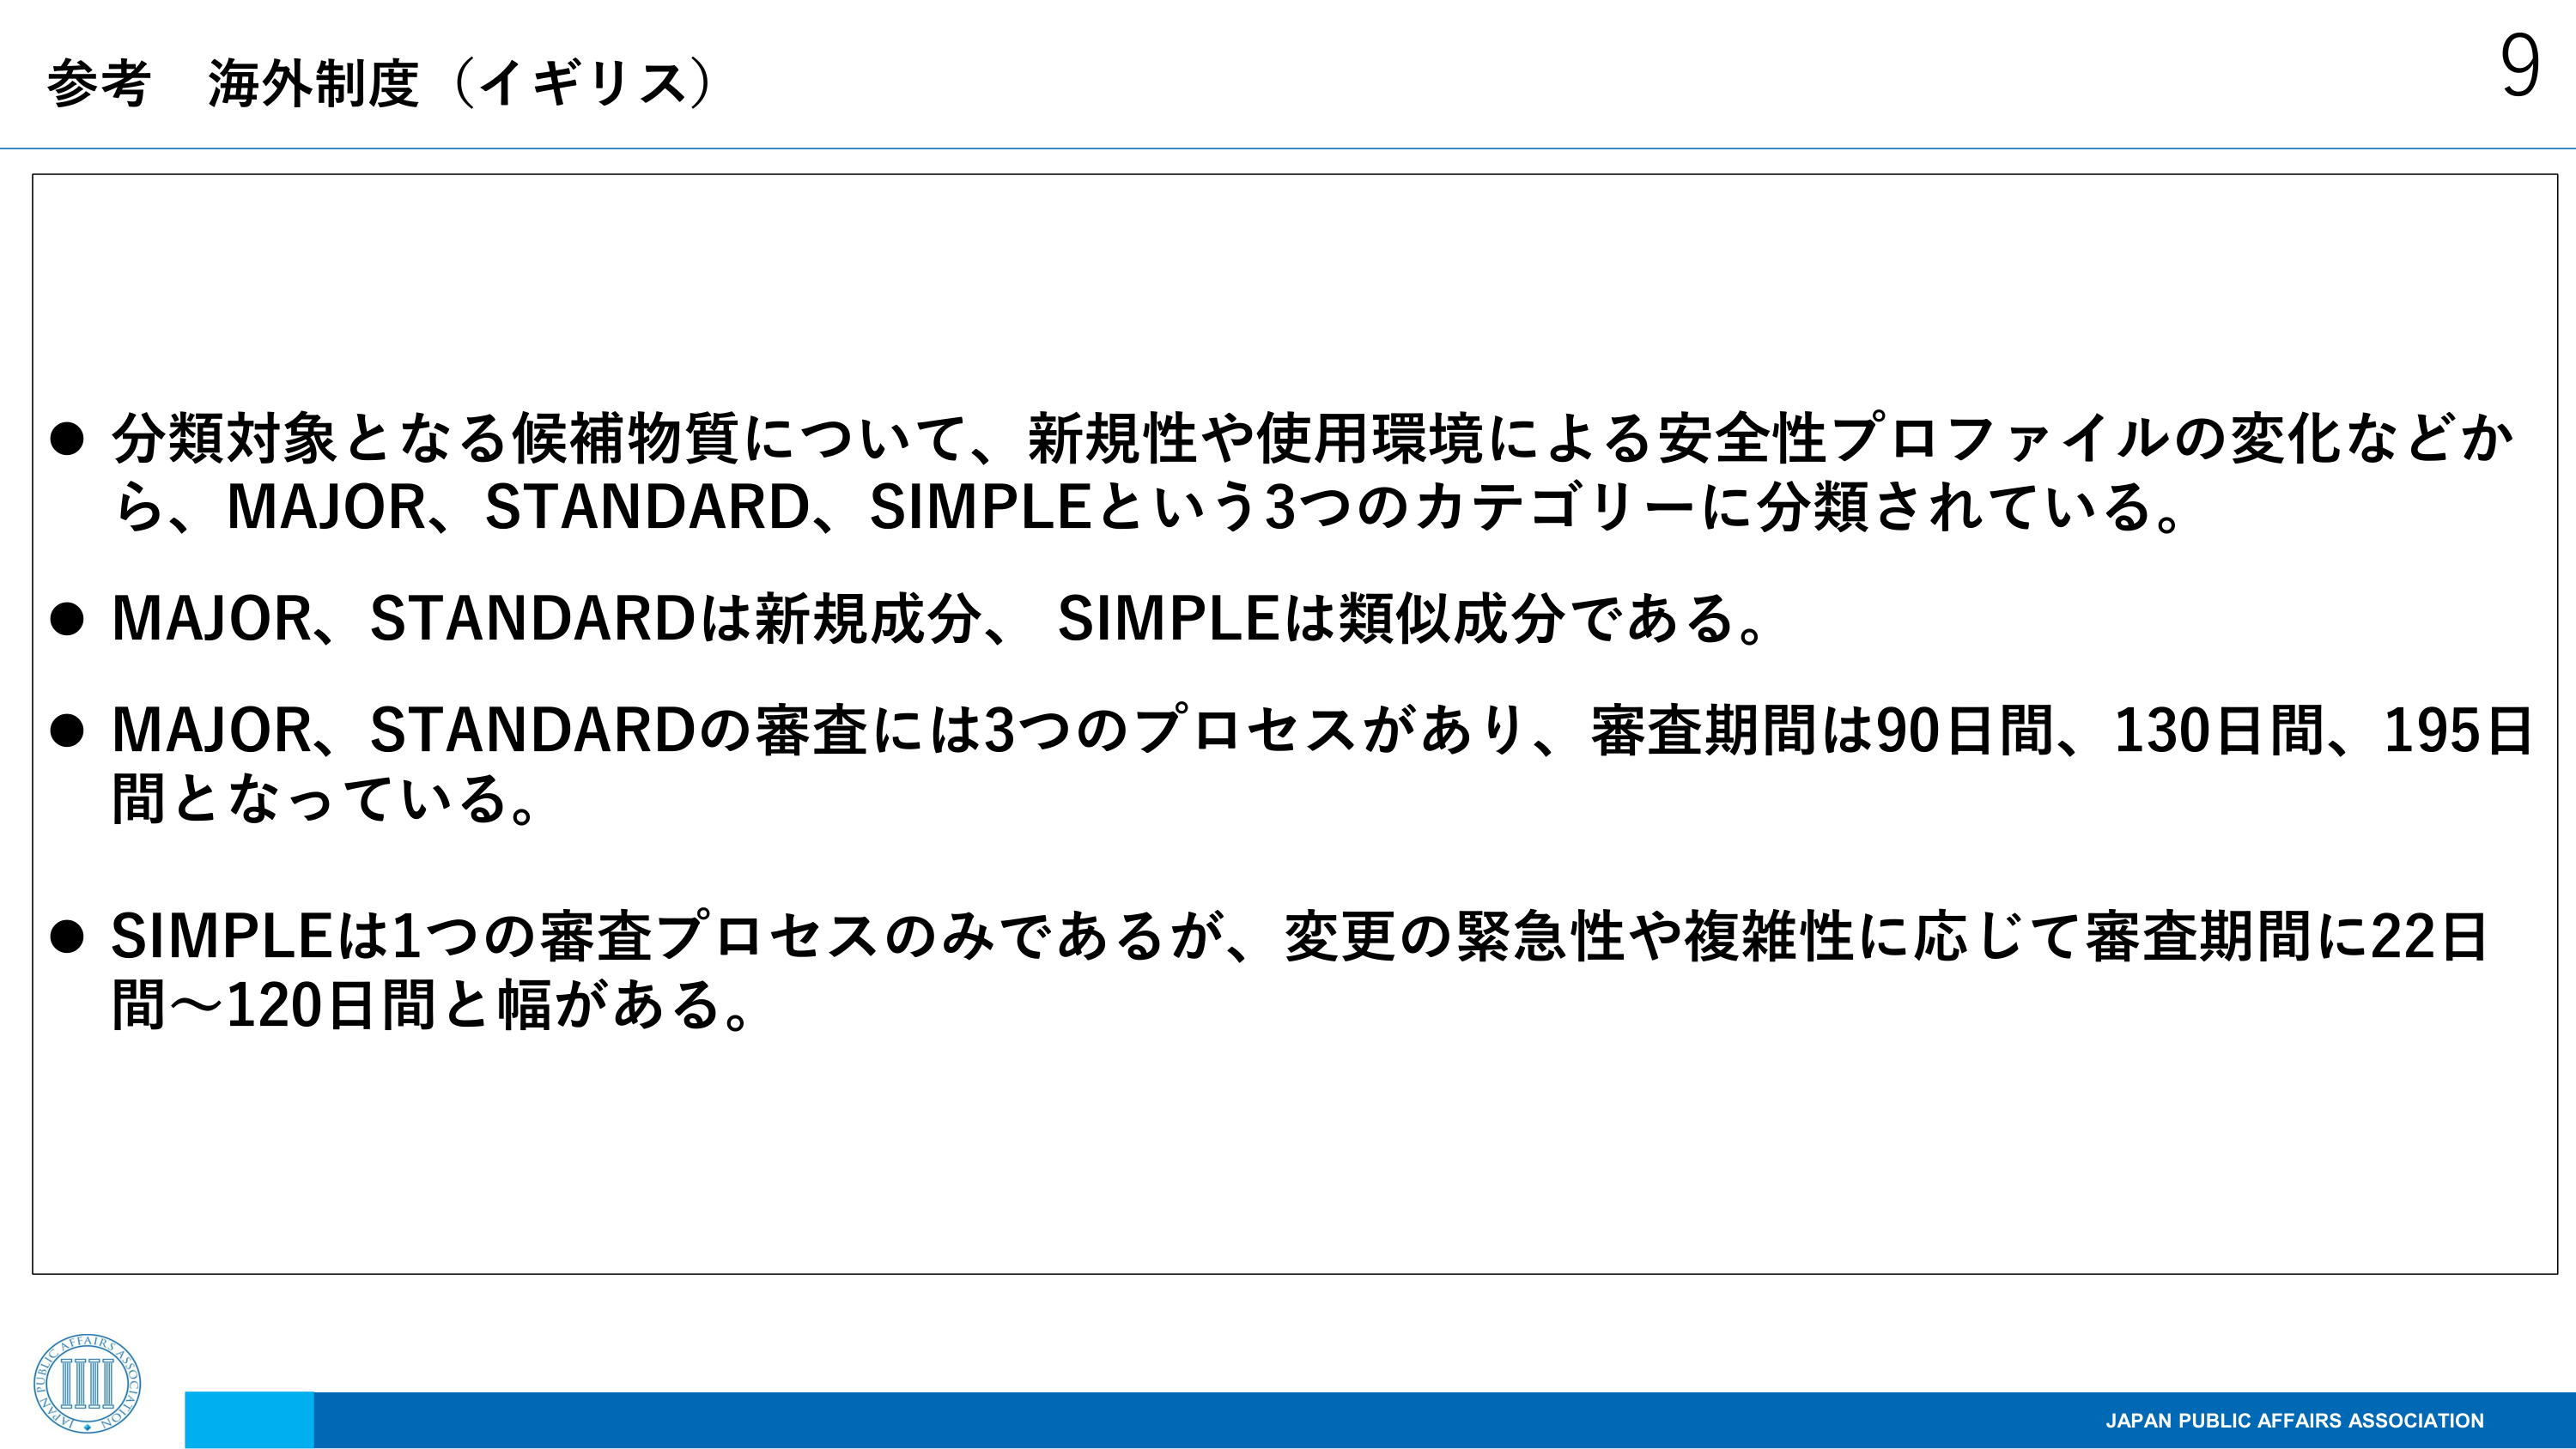
参考 海外制度（イギリス）

● 分類対象となる候補物質について、新規性や使用環境による安全性プロファイルの変化などから、MAJOR、STANDARD、SIMPLEという3つのカテゴリーに分類されている。

● MAJOR、STANDARDは新規成分、SIMPLEは類似成分である。

● MAJOR、STANDARDの審査には3つのプロセスがあり、審査期間は90日間、130日間、195日間となっている。

● SIMPLEは1つの審査プロセスのみであるが、変更の緊急性や複雑性に応じて審査期間に22日間～120日間と幅がある。

JAPAN PUBLIC AFFAIRS ASSOCIATION